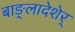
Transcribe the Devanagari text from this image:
बाङ्लादेशेर्